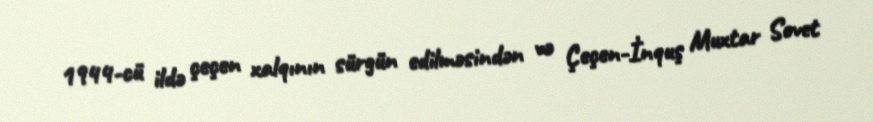
1944-cü ildə çeçen xalqının sürgün edilməsindən və Çeçen-İnquş Muxtar Sovet